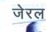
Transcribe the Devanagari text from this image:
जेरल